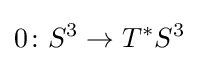
0\colon S^{3}\rightarrow T^{*}S^{3}